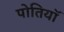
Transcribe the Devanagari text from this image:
पोतियाॅ